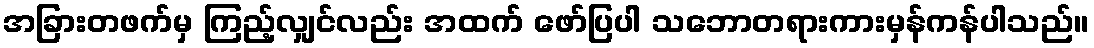
အခြားတဖက်မှ ကြည့်လျှင်လည်း အထက် ဖော်ပြပါ သဘောတရားကားမှန်ကန်ပါသည်။